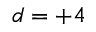
d = + 4